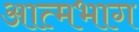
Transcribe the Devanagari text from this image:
आत्मभाग